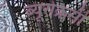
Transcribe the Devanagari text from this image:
ब्यूरोक्रसी